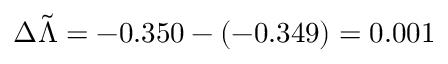
\Delta \tilde { \Lambda } = - 0 . 3 5 0 - ( - 0 . 3 4 9 ) = 0 . 0 0 1